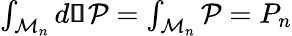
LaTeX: \begin{array}{r}{\int_{\mathcal{M}_{n}}d\pmb{\mathscr{s}}\mathcal{P}=\int_{\mathcal{M}_{n}}\mathcal{P}=P_{n}}\end{array}